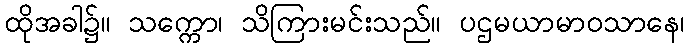
ထိုအခါ၌။ သက္ကော၊ သိကြားမင်းသည်။ ပဌမယာမာဝသာနေ၊